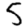
Digit: 5